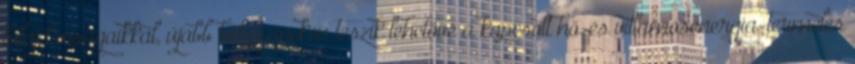
tulajdonságaikkal, újabb helyszíneken teszik lehetővé a kapcsolt hő-és villamosenergia-termelés